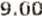
9.00